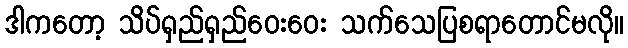
ဒါကတော့ သိပ်ရှည်ရှည်ဝေးဝေး သက်သေပြစရာတောင်မလို။